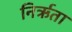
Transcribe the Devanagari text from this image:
निर्ऋता